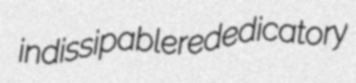
indissipable rededicatory